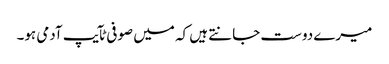
میرے دوست جانتے ہیں کہ میں صوفی ٹآیپ آدمی ہو۔